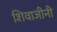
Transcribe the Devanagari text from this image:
शिवाजीनी